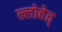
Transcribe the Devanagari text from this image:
ल्लोबेत्